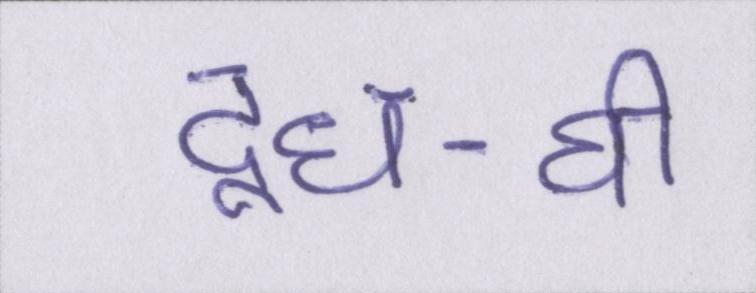
दूध-घी